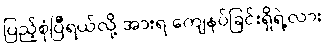
ပြည့်စုံပြီရယ်လို့ အားရ ကျေနပ်ခြင်းရှိရဲ့လား